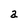
Character: a